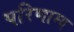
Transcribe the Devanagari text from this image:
परिणाम्य